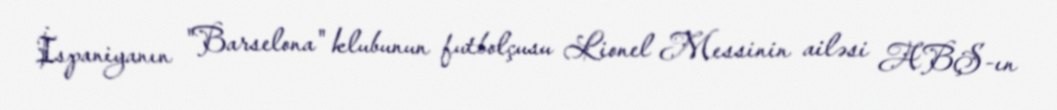
İspaniyanın "Barselona" klubunun futbolçusu Lionel Messinin ailəsi ABŞ-ın